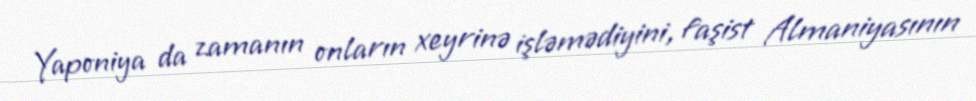
Yaponiya da zamanın onların xeyrinə işləmədiyini, faşist Almaniyasının